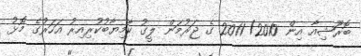
ބޮރޫޝިއާ އިން 2010/ 2011 ގެ ޖަރުމަން ލީގު ކާމިޔާބުކުރިއިރު އަހަރުގެ މޮޅު